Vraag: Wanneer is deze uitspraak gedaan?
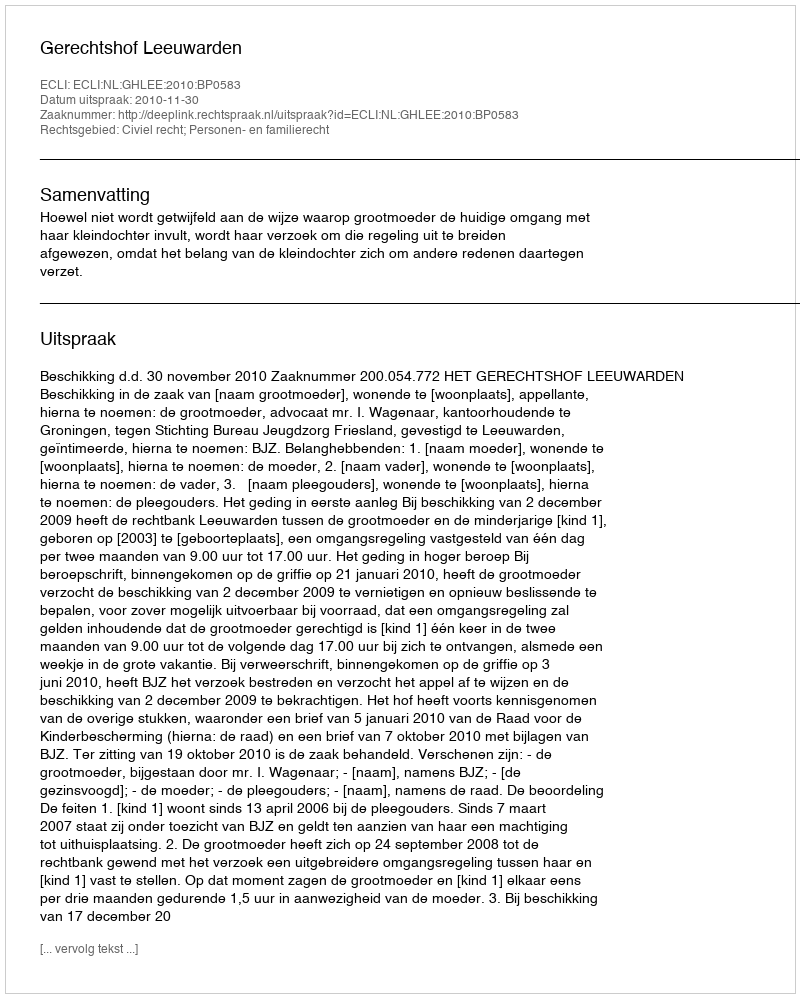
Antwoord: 2010-11-30